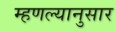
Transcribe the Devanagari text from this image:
म्हणल्यानुसार